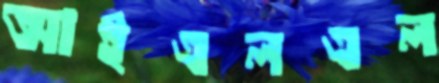
আইএলএল